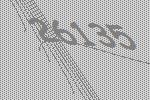
26135